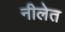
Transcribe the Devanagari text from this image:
नीलेत